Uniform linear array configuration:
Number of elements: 16
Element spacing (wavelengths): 0.75
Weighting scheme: exponential
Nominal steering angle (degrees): -45
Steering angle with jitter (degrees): -44.015
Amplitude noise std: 0.05
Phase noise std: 0.05

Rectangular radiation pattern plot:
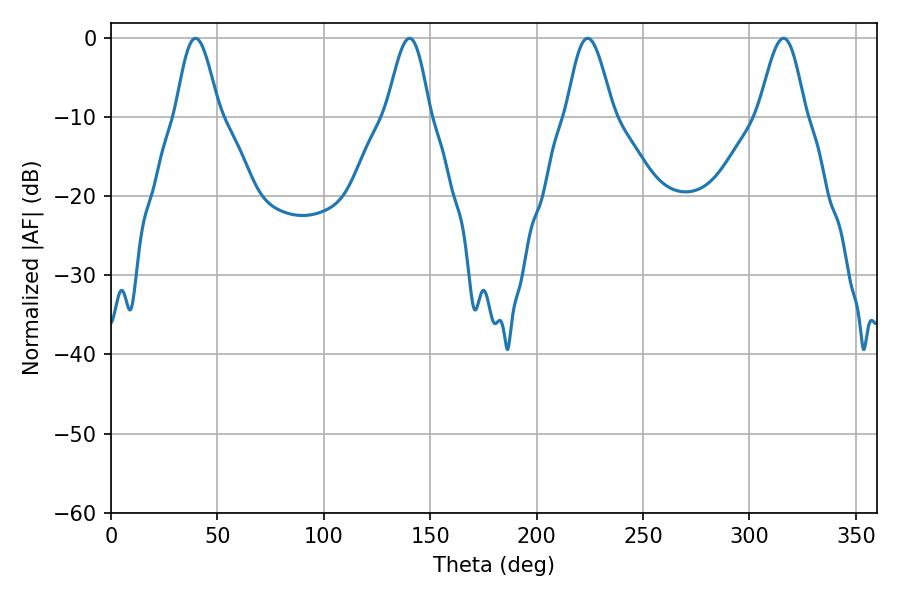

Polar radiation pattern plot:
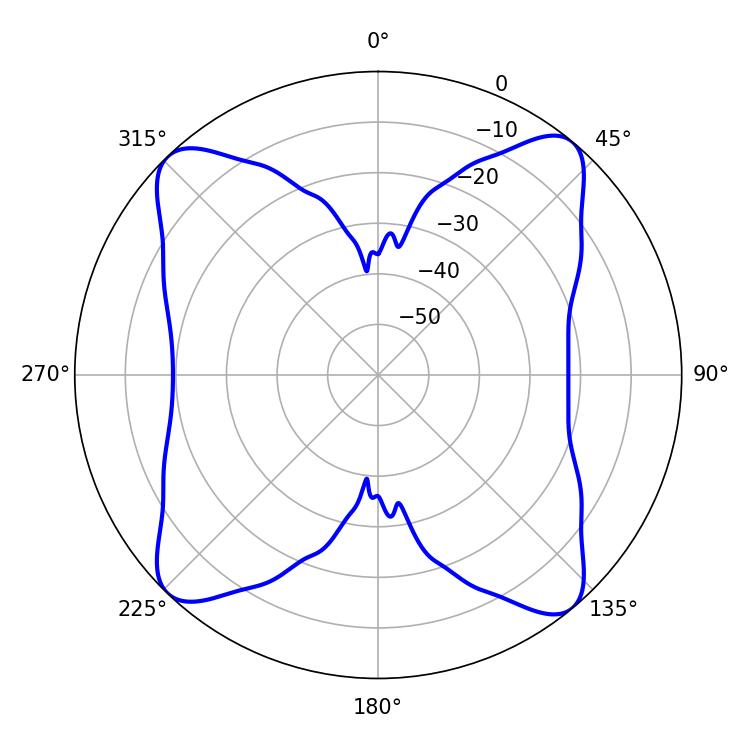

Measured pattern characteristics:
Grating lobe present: TRUE
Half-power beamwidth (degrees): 11.7
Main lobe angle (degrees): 223.92